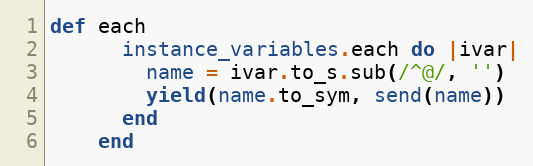
Language: Ruby
def each
      instance_variables.each do |ivar|
        name = ivar.to_s.sub(/^@/, '')
        yield(name.to_sym, send(name))
      end
    end